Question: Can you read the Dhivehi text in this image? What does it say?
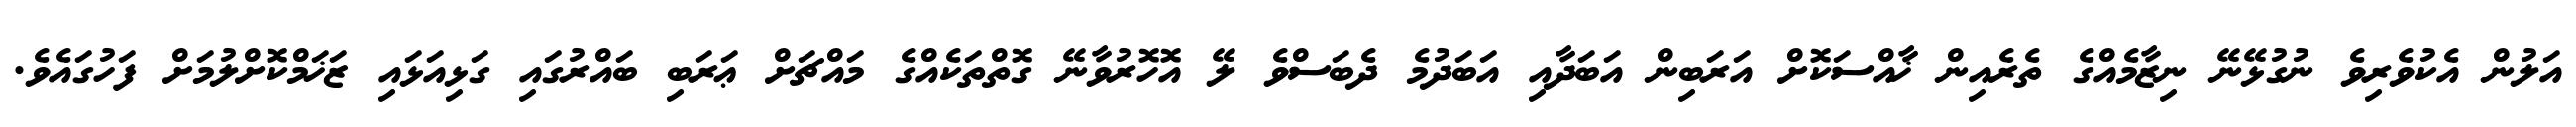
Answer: އަލުން އެކުވެރިވެ ނުގުޅޭނޭ ނިޒާމެއްގެ ތެރެއިން ޚާއްސަކޮށް އަރަބިން އަބަދާއި އަބަދުމެ ދެބަސްވެ ލޭ އޮހޮރުވާނޭ ގޮތްތަކެއްގެ މައްޗަށް ޢަރަބި ބައްރުގައި ގަޅިއަޅައި ޒަޚަމްކޮށްލުމަށް ފަހުގައެވެ.